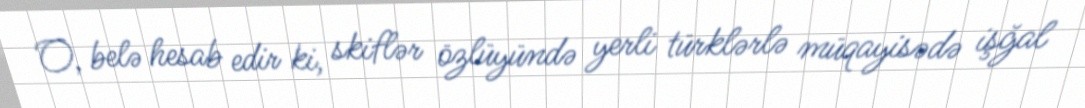
O, belə hesab edir ki, skiflər özlüyündə yerli türklərlə müqayisədə işğal